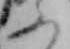
ふ